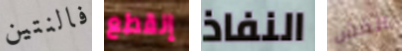
فالنتين إنقطع النفاذ الغش